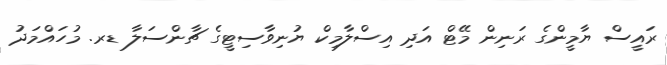
ރައީސް ޔާމީންގެ ރަނިން މޭޓް އަދި އިސްލާމިކް ޔުނިވާސިޓީގެ ޗާންސަލާ ޑރ. މުހައްމަދު